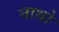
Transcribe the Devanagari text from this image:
नाथो